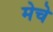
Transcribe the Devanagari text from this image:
मेचे